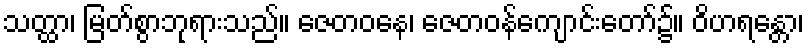
သတ္ထာ၊ မြတ်စွာဘုရားသည်။ ဇေတဝနေ၊ ဇေတဝန်ကျောင်းတော်၌။ ဝိဟရန္တော၊